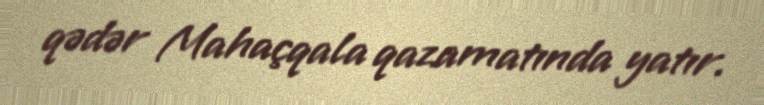
qədər Mahaçqala qazamatında yatır.